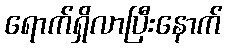
ရောက်ရှိလာပြီးနောက်